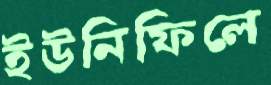
ইউনিফিলে